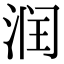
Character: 润